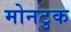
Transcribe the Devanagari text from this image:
मोनटुक